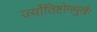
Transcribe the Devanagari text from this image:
र्ज्योतिष्टोममुखैः